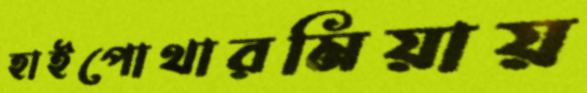
হাইপোথারমিয়ায়